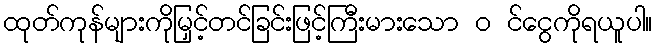
ထုတ်ကုန်များကိုမြှင့်တင်ခြင်းဖြင့်ကြီးမားသော ၀ င်ငွေကိုရယူပါ။